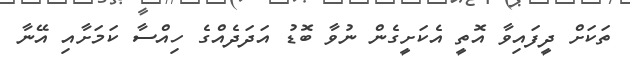
ތަކަށް ދީފައިވާ އޮތީ އެކަށީގެން ނުވާ ބޮޑު އަދަދެއްގެ ހިއްސާ ކަމަށާއި އޭނާ